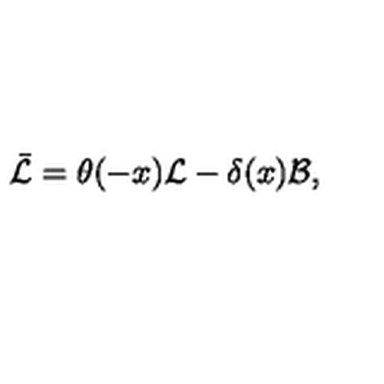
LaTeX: \bar { \mathcal { L } } = \theta ( - x ) \mathcal { L } - \delta ( x ) \mathcal { B } ,